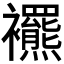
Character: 𧟍